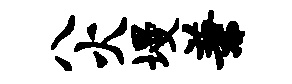
八火墁兼